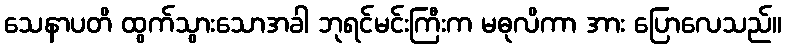
သေနာပတိ ထွက်သွားသောအခါ ဘုရင်မင်းကြီးက မဓုလိကာ အား ပြောလေသည်။